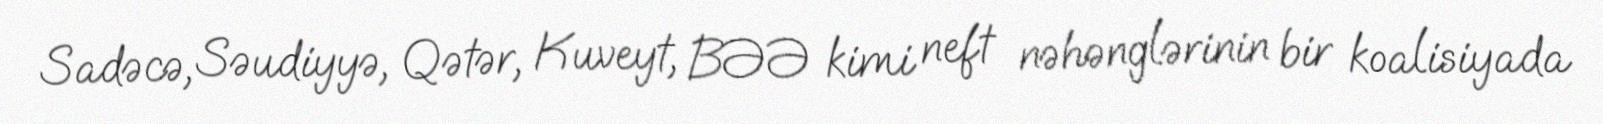
Sadəcə, Səudiyyə, Qətər, Kuveyt, BƏƏ kimi neft nəhənglərinin bir koalisiyada